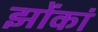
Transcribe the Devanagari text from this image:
झोंकां